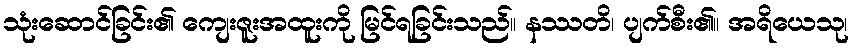
သုံးဆောင်ခြင်း၏ ကျေးဇူးအထူးကို မြင်ရခြင်းသည်။ နဿတိ၊ ပျက်စီး၏။ အရိယေသု၊